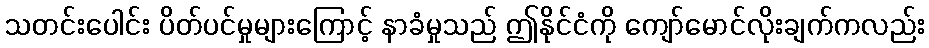
သတင်းပေါင်း ပိတ်ပင်မှုများကြောင့် နာခံမှုသည် ဤနိုင်ငံကို ကျော်မောင်လိုးချက်ကလည်း